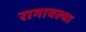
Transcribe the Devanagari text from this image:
रागावल्या